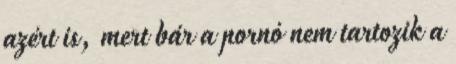
azért is, mert bár a pornó nem tartozik a